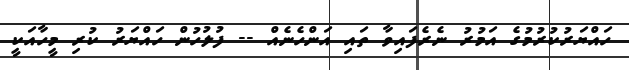
ހައްޔަރުކުރުމުގެ އަމުރު ނެރެފައިވާ ތައި އަންހެނެއް -- ފުލުހުން ހައްޔަރު ކުރި މީހާއަކީ